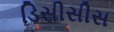
ડિસીસીસ